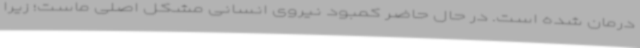
درمان شده است. در حال حاضر کمبود نیروی انسانی مشکل اصلی ماست؛ زیرا